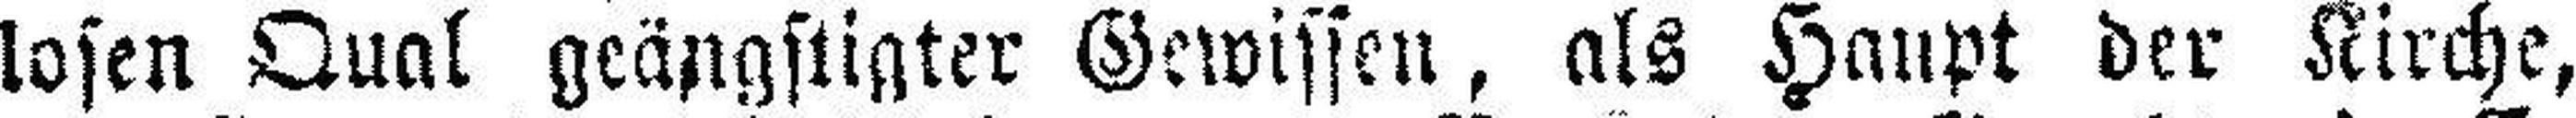
losen Qual geängstigter Gewissen, als Haupt der Kirche,